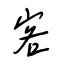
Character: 客